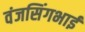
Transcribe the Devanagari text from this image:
वंजसिंगभाई